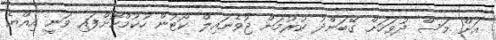
އަށް މަސް ދުވަހަށް ގޭބަންދު ކުރުމަށް ޖުވެނައިލް ކޯޓުން ހުކުމްކޮށްފައި ވަނީ އިއްޔެ